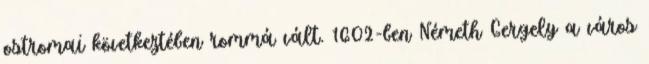
ostromai következtében rommá vált. 1602-ben Németh Gergely a város